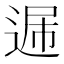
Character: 𨓠